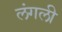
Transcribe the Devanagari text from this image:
लंगली